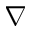
\nabla